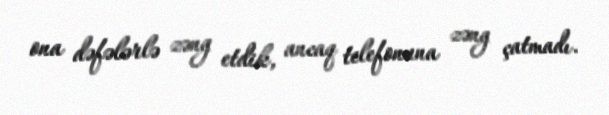
ona dəfələrlə zəng etdik, ancaq telefonuna zəng çatmadı.